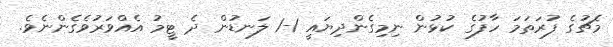
މެޗުގެ ފުރަތަމަ ހާފުގެ ކުޅުން ނިމިގެންދިޔައީ 1-1 ލަނޑުން ދެ ޓީމު އެއްވަރުވެގެންނެވެ.